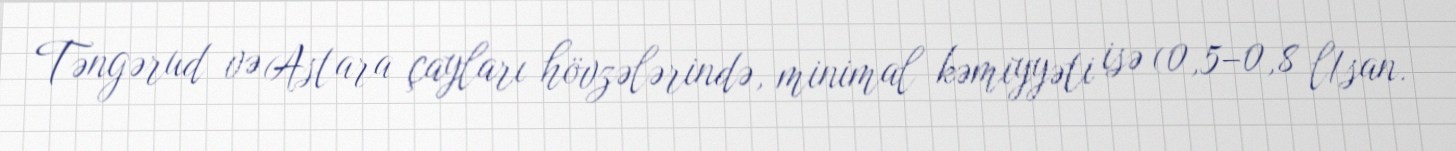
Təngərud və Astara çayları hövzələrində, minimal kəmiyyəti isə (0,5–0,8 l/san.